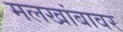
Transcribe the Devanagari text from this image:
मलखांबावर